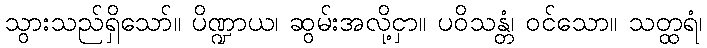
သွားသည်ရှိသော်။ ပိဏ္ဍာယ၊ ဆွမ်းအလို့ငှာ။ ပဝိသန္တံ၊ ဝင်သော။ သတ္ထရံ၊